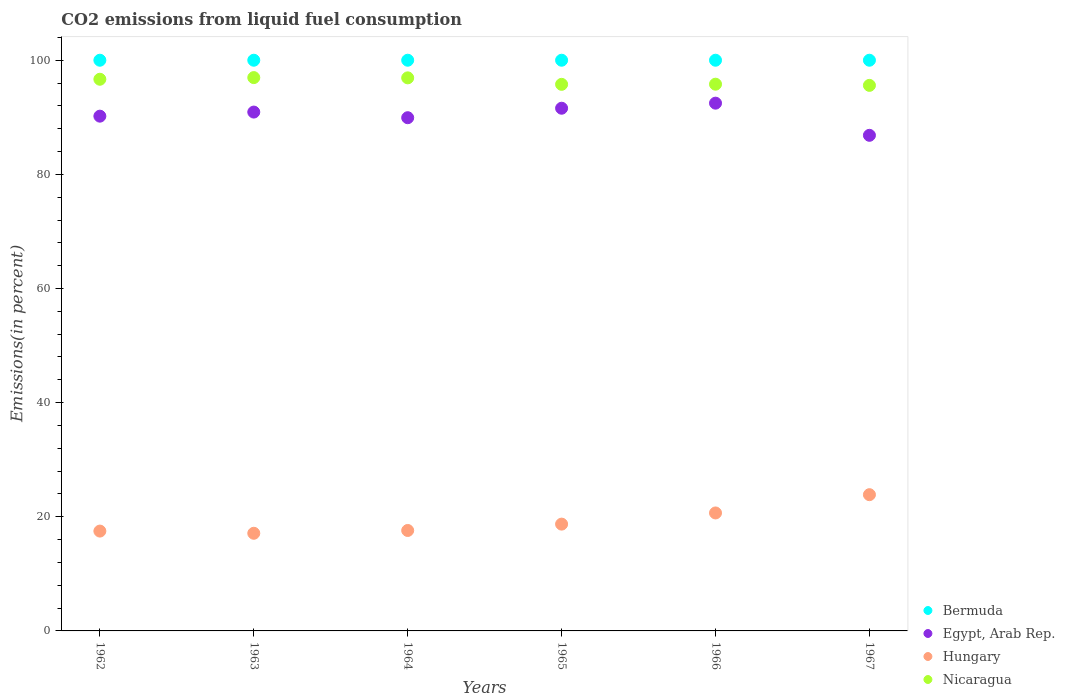
| Years | Bermuda | Egypt, Arab Rep. | Hungary | Nicaragua |
 | --- | --- | --- | --- | --- |
 | 1962 | 100 | 90.2 | 17.5 | 96.7 |
 | 1963 | 100 | 90.9 | 17.1 | 97 |
 | 1964 | 100 | 89.9 | 17.6 | 96.9 |
 | 1965 | 100 | 91.6 | 18.7 | 95.8 |
 | 1966 | 100 | 92.5 | 20.7 | 95.8 |
 | 1967 | 100 | 86.8 | 23.9 | 95.6 |